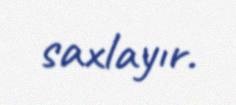
saxlayır.